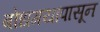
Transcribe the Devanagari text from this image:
बोधगयापासून